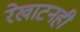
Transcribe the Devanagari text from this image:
रेखाटनही